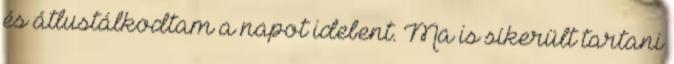
és átlustálkodtam a napot idebent. Ma is sikerült tartani